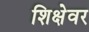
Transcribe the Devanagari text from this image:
शिक्षेवर